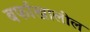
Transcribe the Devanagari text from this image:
बर्फाखालील